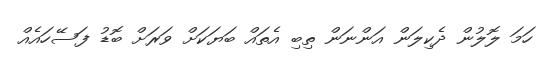
ހަމަ ލޮލުން ދެކިލަން އަންނަން ތިބި އެތައް ބަޔަކަށް ވަރަށް ބޮޑު ފަސޭހައެއް